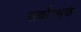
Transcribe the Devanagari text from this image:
सर्वात्मकं